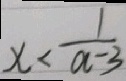
x < \frac { 1 } { a - 3 }